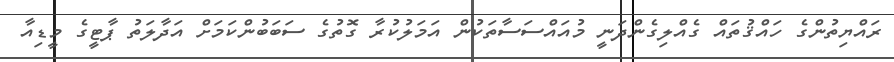
ރައްޔިތުންގެ ހައްޤުތައް ގެއްލިގެންދަނީ މުއައްސަސާތަކުން އަމަލުކުރާ ގޮތުގެ ސަބަބުންކަމަށް އަދާލަތު ޕާޓީގެ މީޑިއާ